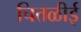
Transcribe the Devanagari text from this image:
चितळीई